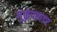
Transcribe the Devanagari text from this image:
गूळपावडर